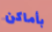
بأماكن